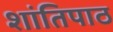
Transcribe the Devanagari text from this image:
शांतिपाठ